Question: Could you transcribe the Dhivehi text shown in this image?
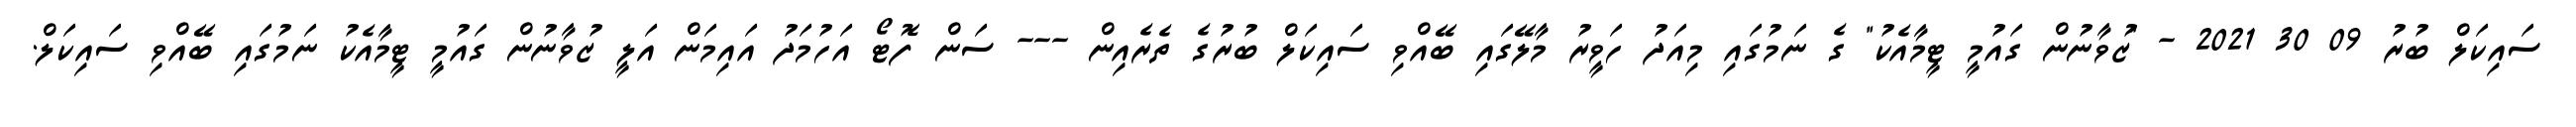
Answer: ސައިކަލް ބުރު 09 30 2021 - "ޒުވާނުން ގައުމީ ޓީމާއެކު" ގެ ނަމުގައި މިއަދު ހަވީރު މާލޭގައި ބޭއްވި ސައިކަލް ބުރުގެ ތެރެއިން --- ސަން ފޮޓޯ އަހުމަދު އައިމަން އަލީ ޒުވާނުން ގައުމީ ޓީމާއެކު ނަމުގައި ބޭއްވި ސައިކަލް.